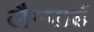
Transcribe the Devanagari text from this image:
लैम्पार्ड